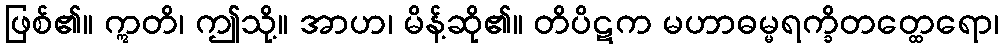
ဖြစ်၏။ ဣတိ၊ ဤသို့။ အာဟ၊ မိန့်ဆို၏။ တိပိဋက မဟာဓမ္မရက္ခိတတ္ထေရော၊